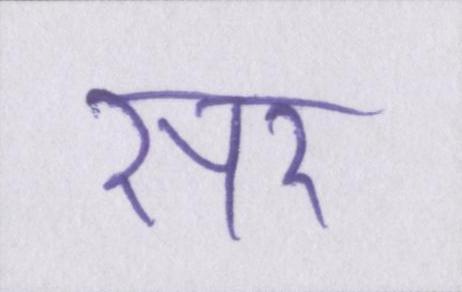
सर